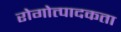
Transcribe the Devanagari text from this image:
रोगोत्पादकता